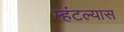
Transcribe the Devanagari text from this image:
म्हंटल्यास